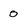
Character: 0